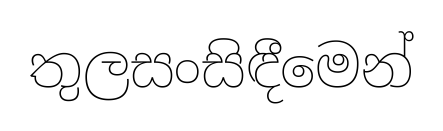
තුලසංසිඳීමෙන්